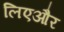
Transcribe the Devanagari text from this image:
लिएऔर